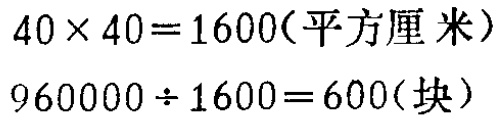
\(40\times 40 = 1600(\text{平方厘米})\)

\(960000\div 1600 = 600(\text{块})\)